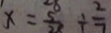
x = \frac { 5 } { 2 8 } \div \frac { 2 } { 7 }